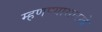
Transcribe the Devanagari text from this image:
म्हणण्यासारखे